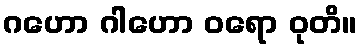
ဂဟော ဂါဟော ဝရော ဝုတိ။